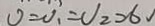
v = V _ { 1 } = V _ { 2 } = 6